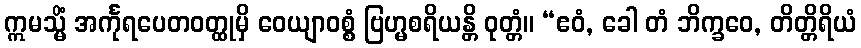
ဣမသ္မိံ အင်္ကုရပေတဝတ္ထုမှိ ဝေယျာဝစ္စံ ဗြဟ္မစရိယန္တိ ဝုတ္တံ။ “ဧဝံ, ခေါ တံ ဘိက္ခဝေ, တိတ္တိရိယံ